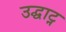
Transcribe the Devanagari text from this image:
उद्घाट्न